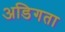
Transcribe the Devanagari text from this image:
अडिगता